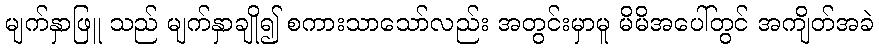
မျက်နှာဖြူ သည် မျက်နှာချို၍ စကားသာသော်လည်း အတွင်းမှာမူ မိမိအပေါ်တွင် အကျိတ်အခဲ